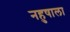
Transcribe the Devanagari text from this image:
नहुषाला